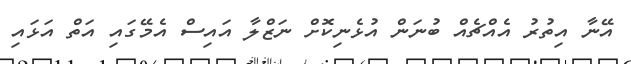
އޭނާ އިތުރު އެއްޗެއް ބުނަން އުޅެނިކޮށް ނަޒްލާ އައިސް އެމޭގައި އަތް އަޅައި